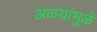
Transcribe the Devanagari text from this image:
अळ्यांमुळे